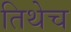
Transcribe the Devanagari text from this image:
तिथेेच